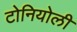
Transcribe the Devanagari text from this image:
टोनियोली